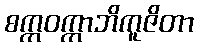
စက္ကဝက္ကာဘိကူဇိတာ